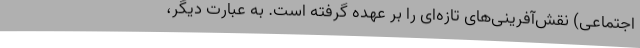
اجتماعی) نقش‌آفرینی‌های تازه‌ای را بر عهده گرفته است. به عبارت دیگر،